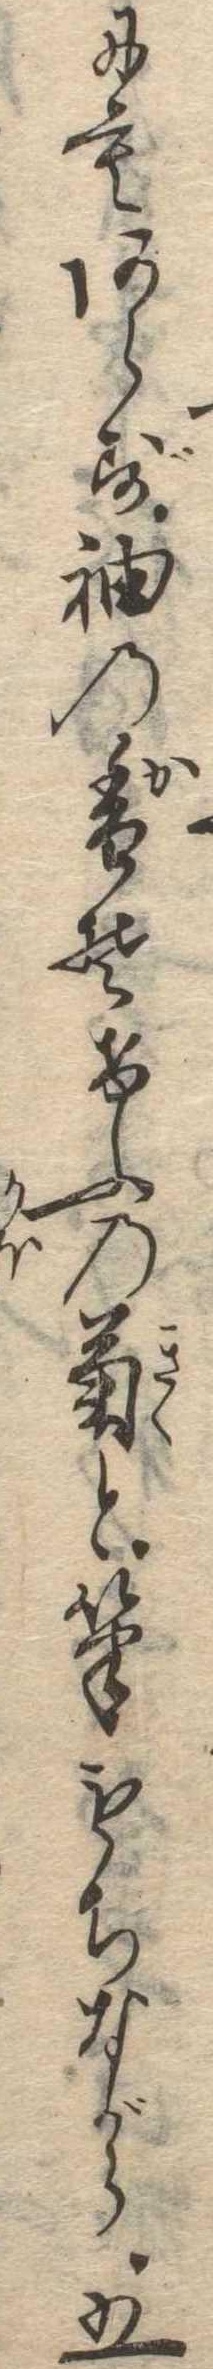
にもあらず袖の香そけふの菊と筆もちながら五